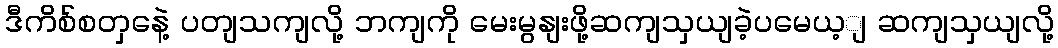
ဒီကိစ်စတှနေဲ့ ပတျသကျလို့ ဘကျကို မေးမွနျးဖို့ဆကျသှယျခဲ့ပမေယ့ျ ဆကျသှယျလို့